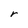
Character: r